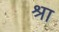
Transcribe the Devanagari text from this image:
श्रा